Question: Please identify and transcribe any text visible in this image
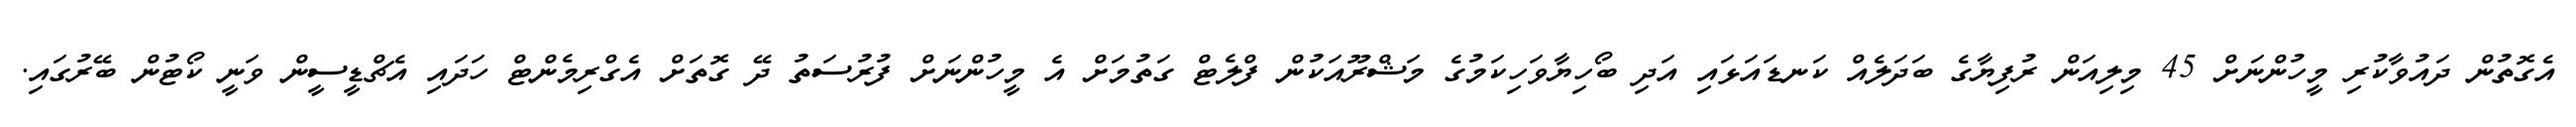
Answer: އެގޮތުން ދައުވާކުރި މީހުންނަށް 45 މިލިއަން ރުފިޔާގެ ބަދަލެއް ކަނޑައަޅައި އަދި ބޯހިޔާވަހިކަމުގެ މަޝްރޫއަކުން ފްލެޓް ގަތުމަށް އެ މީހުންނަށް ފުރުސަތު ދޭ ގޮތަށް އެގްރިމެންޓް ހަދައި އެޗްޑީސީން ވަނީ ކޯޓުން ބޭރުގައި.